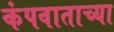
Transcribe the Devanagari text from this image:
कंपवाताच्या